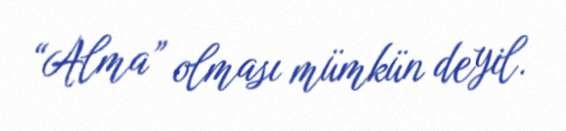
“Alma” olması mümkün deyil.